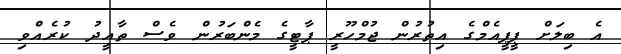
އެ ބިލަށް ޕީޕީއެމްގެ އިތުރުން ޖުމްހޫރީ ޕާޓީގެ މެންބަރުން ވެސް ތާއީދު ކުރެއްވި